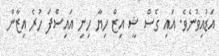
އަޑުއިވުނެވެ. އައި ގެސް ޝީ އިޒް ހިޔާ ހިނި އައިސްފަ ހުރެ އިޒާން